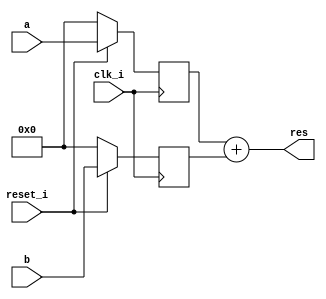
`timescale 1ns/1ps
module adder(
    input wire clk_i,
    input wire reset_i,
    input wire [7:0] a,
    input wire [7:0] b,
    output wire [7:0] res
);

    reg [7:0] A, B;
    always @(posedge clk_i) begin
        if(~reset_i) begin
            A <= 8'b0;
            B <= 8'b0;
        end
        else begin
            A <= a;
            B <= b;
        end
      
    end

    assign res = A+B;

endmodule